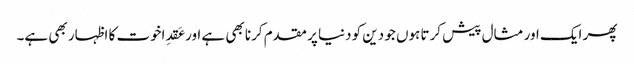
پھر ایک اور مثال پیش کرتا ہوں جو دین کو دنیا پر مقدم کرنا بھی ہے اور عَقدِاخوت کا اظہار بھی ہے۔